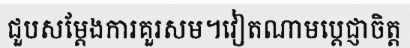
ជួបសម្តែងការគួរសម។វៀតណាមប្តេជ្ញាចិត្ត